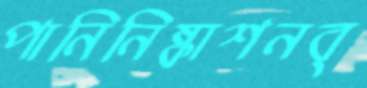
পানিনিষ্কাশনব্